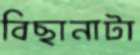
বিছানাটা